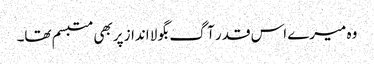
وہ میرے اس قدر آگ بگولا انداز پربھی متبسم تھا۔